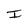
Character: I